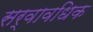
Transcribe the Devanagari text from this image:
सर्वावधिक